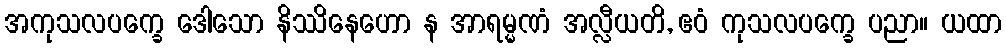
အကုသလပက္ခေ ဒေါသော နိဿိနေဟော န အာရမ္မဏံ အလ္လီယတိ, ဧဝံ ကုသလပက္ခေ ပညာ။ ယထာ